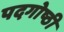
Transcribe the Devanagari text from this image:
पदगोष्ठी